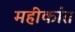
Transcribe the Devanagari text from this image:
महीकांत